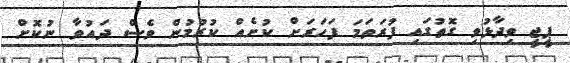
ޕީޖީ ވިދާޅުވި ގޮތުގައި ފުރަތަމަ ފަހަރަށް ކުށެއް ކުރުމުން ވެސް ދައުވާ ނުކޮށް